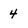
Character: 4